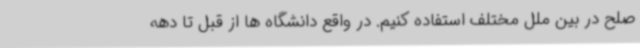
صلح در بین ملل مختلف استفاده کنیم. در واقع دانشگاه ها از قبل تا دهه